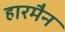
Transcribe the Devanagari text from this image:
हारमैन